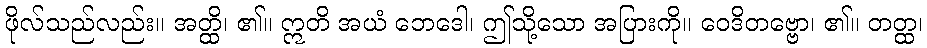
ဖိုလ်သည်လည်း။ အတ္ထိ၊ ၏။ ဣတိ အယံ ဘေဒေါ၊ ဤသို့သော အပြားကို။ ဝေဒိတဗ္ဗော၊ ၏။ တတ္ထ၊